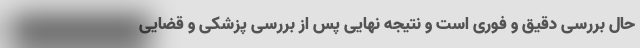
حال بررسی دقیق و فوری است و نتیجه نهایی پس از بررسی پزشکی و قضایی